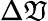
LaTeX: \Delta\mathfrak{V}